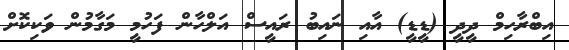
އިބްރާހިމް ދީދީ (ޑީޑީ) އާއި ނައިބު ރައީސް އަލްހާން ފަހުމީ މަގާމުން ވަކިކޮށް